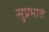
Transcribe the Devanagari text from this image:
सुप्रभातं